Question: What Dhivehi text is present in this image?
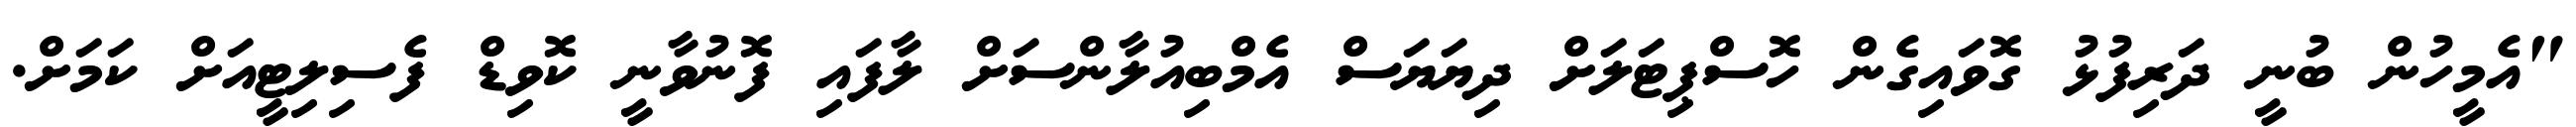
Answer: "އެމީހުން ބުނީ ދަރިފުޅު ގޮވައިގެން ހޮސްޕިޓަލަށް ދިޔަޔަސް އެމްބިއުލާންސަށް ލާފައި ފޮނުވާނީ ކޮވިޑް ފެސިލިޓީއަށް ކަމަށް.